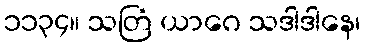
၁၁၃၄။ သတြံ ယာဂေ သဒါဒါနေ၊